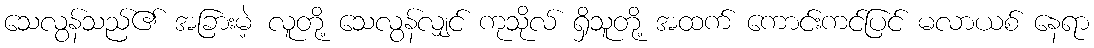
သေလွန်သည်၏ အခြားမဲ့ လူတို့ သေလွန်လျှင် ကုသိုလ် ရှိသူတို့ အထက် ကောင်းကင်ပြင် မလာယစ် နေရာ